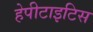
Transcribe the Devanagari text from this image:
हेपीटाइटिस